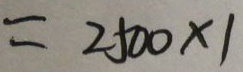
= 2 5 0 0 \times 1